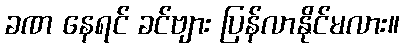
ခဏ နေရင် ခင်ဗျား ပြန်လာနိုင်မလား။